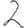
Digit: 2